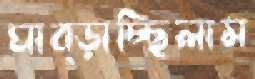
ঘাব্‌ড়াচ্ছিলাম